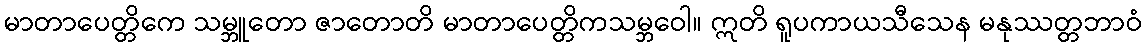
မာတာပေတ္တိကေ သမ္ဘူတော ဇာတောတိ မာတာပေတ္တိကသမ္ဘဝေါ။ ဣတိ ရူပကာယသီသေန မနုဿတ္တဘာဝံ